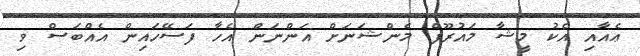
ޢެއާއި އެކު މީޝާ މައުރޫފް މެންޝަނަށް އަންނަން އެހާ ފަސޭހައިން އެއްބަސް ވި